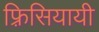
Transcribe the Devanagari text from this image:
फ़्रिसियायी